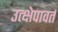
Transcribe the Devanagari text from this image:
उत्क्षेपावर्त